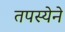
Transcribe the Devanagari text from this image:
तपस्येने